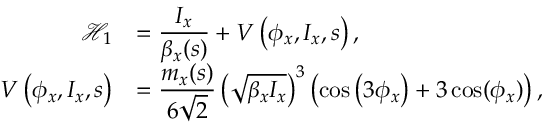
\begin{array} { r l } { \displaystyle \mathcal { H } _ { 1 } } & { = \displaystyle \frac { I _ { x } } { \beta _ { x } ( s ) } + V \left( \phi _ { x } , I _ { x } , s \right) , } \\ { \displaystyle V \left( \phi _ { x } , I _ { x } , s \right) } & { = \displaystyle \frac { m _ { x } ( s ) } { 6 \sqrt 2 } \left( \sqrt { \beta _ { x } I _ { x } } \right) ^ { 3 } \left( \cos \left( 3 \phi _ { x } \right) + 3 \cos ( \phi _ { x } ) \right) , } \end{array}